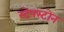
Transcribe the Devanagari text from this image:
स्टेपस्टोन